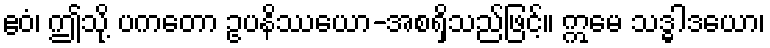
ဧဝံ၊ ဤသို့ ပကတော ဥပနိဿယော-အစရှိသည်ဖြင့်။ ဣမေ သဒ္ဓါဒယော၊